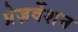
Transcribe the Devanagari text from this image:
प्रेज़र्वेशन